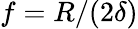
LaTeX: f=R/(2\delta)